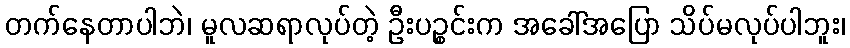
တက်နေတာပါဘဲ၊ မူလဆရာလုပ်တဲ့ ဦးပဉ္စင်းက အခေါ်အပြော သိပ်မလုပ်ပါဘူး၊